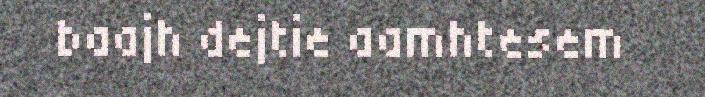
baajh dejtie aamhtesem